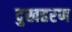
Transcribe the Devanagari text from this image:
दुखहरण